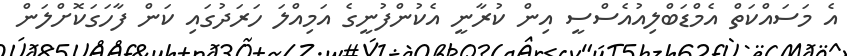
އެ މަސައްކަތް އެމްޑަބްލިއުއެސްސީ އިން ކުރާނީ އެކުންފުނީގެ އަމިއްލަ ހަރަދުގައި ކަން ފާހަގަކޮށްލަން